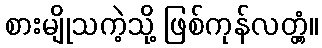
စားမျိုသကဲ့သို့ ဖြစ်ကုန်လတ္တံ့။